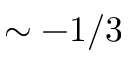
\sim - 1 / 3